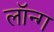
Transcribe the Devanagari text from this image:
लॉन्‍ग